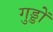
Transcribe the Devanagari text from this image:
गुड्डों